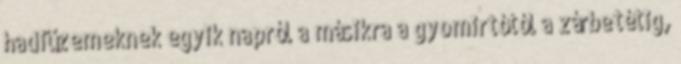
hadiüzemeknek egyik napról a másikra a gyomirtótól a zárbetétig,